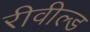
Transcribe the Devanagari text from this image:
रीवील्ड